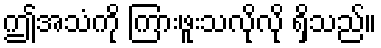
ဤအသံကို ကြားဖူးသလိုလို ရှိသည်။